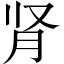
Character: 肾